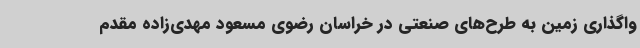
واگذاری زمین به طرح‌های صنعتی در خراسان رضوی مسعود مهدی‌زاده مقدم